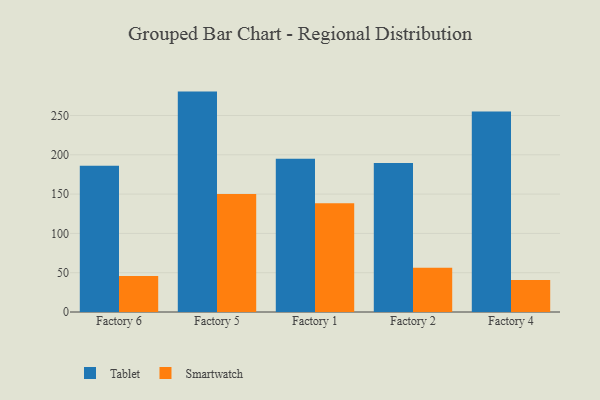
{"axis": {"x": "Factory", "y": "Churn Rate (%)"}, "legend": ["Smartwatch", "Tablet"], "data": [{"x": "Factory 6", "y": 186.0, "type": "Tablet"}, {"x": "Factory 6", "y": 45.7, "type": "Smartwatch"}, {"x": "Factory 5", "y": 280.4, "type": "Tablet"}, {"x": "Factory 5", "y": 150.0, "type": "Smartwatch"}, {"x": "Factory 1", "y": 194.9, "type": "Tablet"}, {"x": "Factory 1", "y": 138.5, "type": "Smartwatch"}, {"x": "Factory 2", "y": 189.5, "type": "Tablet"}, {"x": "Factory 2", "y": 56.3, "type": "Smartwatch"}, {"x": "Factory 4", "y": 255.0, "type": "Tablet"}, {"x": "Factory 4", "y": 40.7, "type": "Smartwatch"}]}